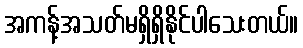
အကန့်အသတ်မရှိရှိနိုင်ပါသေးတယ်။